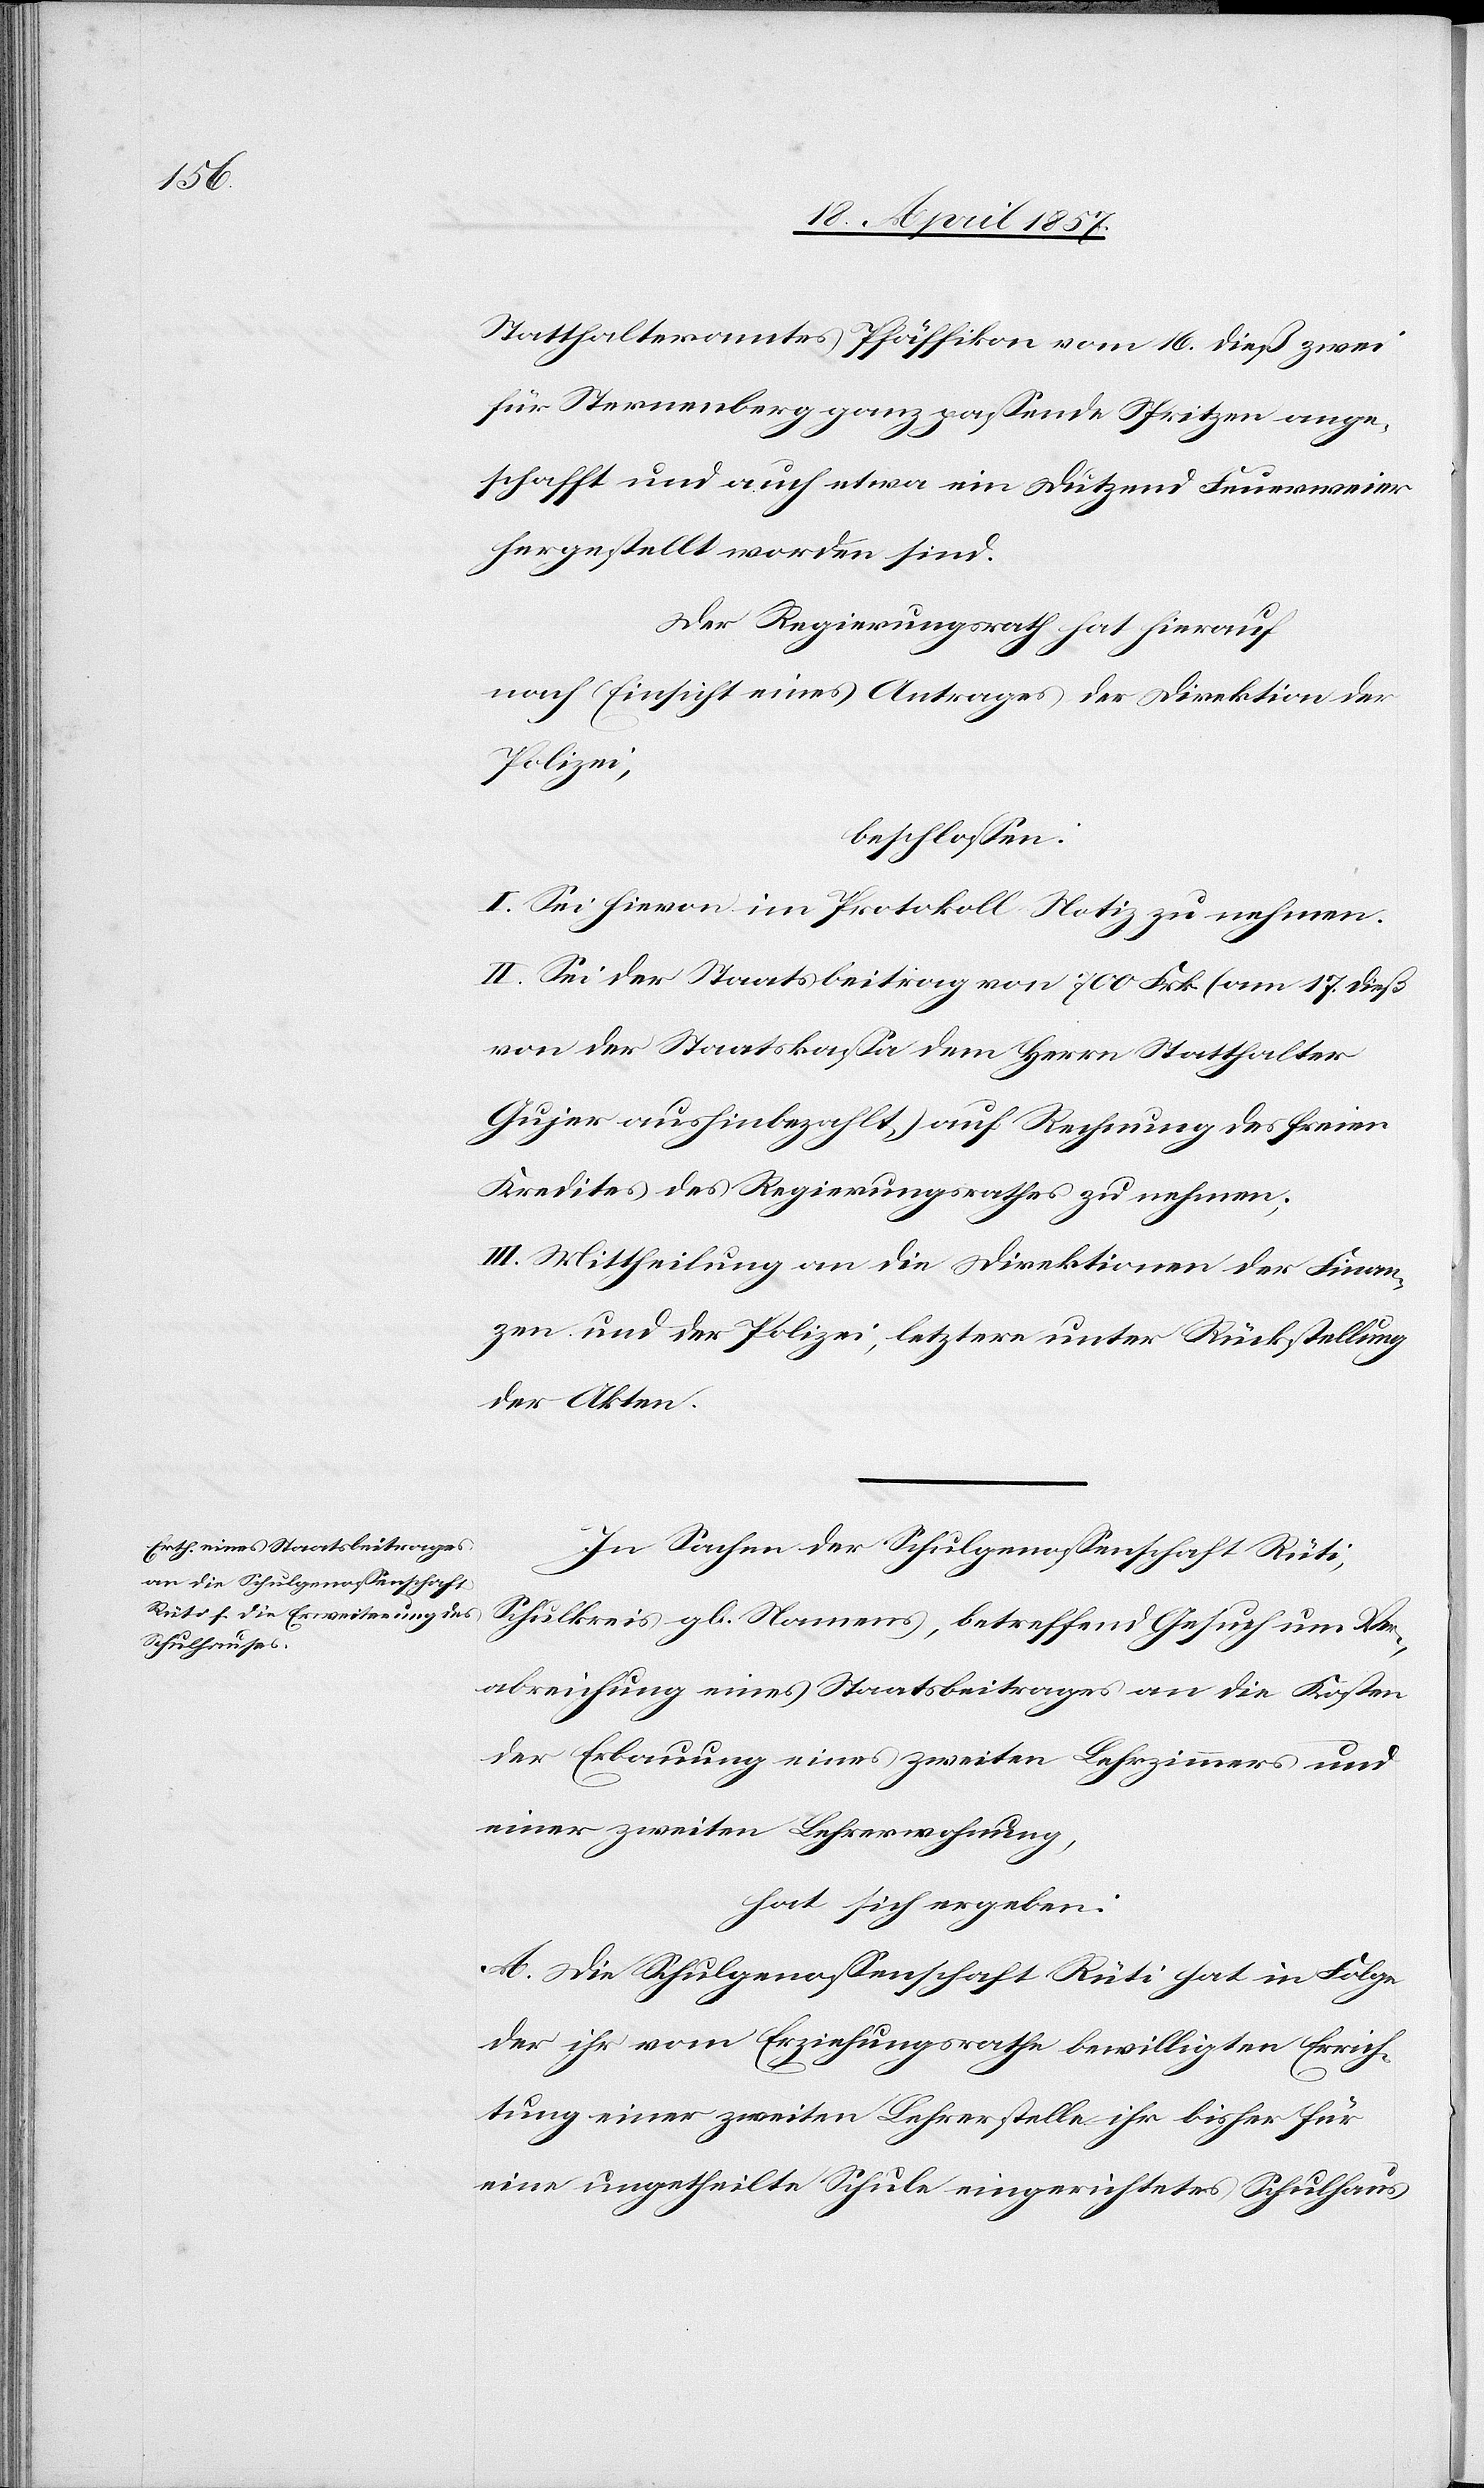
Statthalteramtes Pfäffikon vom 16. dieß zwei
für Sternenberg ganz passende Spritzen ange¬
schafft und auch etwa ein Dutzend Feuerweier
hergestellt worden sind.
Der Regierungsrath hat hierauf
nach Einsicht eines Antrages der Direktion der
Polizei,
beschlossen:
I. Sei hievon im Protokoll Notiz zu nehmen.
II. Sei der Staatsbeitrag von 700 Frk. (am 17. dieß
von der Staatskassa dem Herrn Statthalter
Gujer aushinbezahlt,) auf Rechnung des freien
Kredites des Regierungsrathes zu nehmen;
III. Mittheilung an die Direktionen der Finan¬
zen und der Polizei, letztere unter Rückstellung
der Akten.
In Sachen der Schulgenossenschaft Rüti,
Schulkreis gl. Namens, betreffend Gesuch um Ver¬
abreichung eines Staatsbeitrages an die Kosten
der Erbauung eines zweiten Lehrzimmers und
einer zweiten Lehrerwohnung,
hat sich ergeben:
A. Die Schulgenossenschaft Rüti hat in Folge
der ihr vom Erziehungsrathe bewilligten Errich¬
tung einer zweiten Lehrerstelle ihr bisher für
eine ungetheilte Schule eingerichtetes Schulhaus